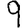
Digit: 9